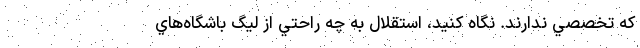
كه تخصصي ندارند. نگاه كنيد، استقلال به چه راحتي از ليگ باشگاه‌هاي